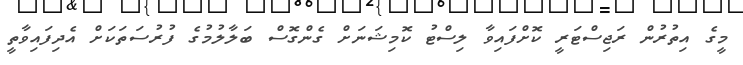
މީގެ އިތުރުން ރަޖިސްޓަރީ ކޮށްފައިވާ ލިސްޓު ކޮމިޝަނަށް ގެންގޮސް ބަލާލުމުގެ ފުރުސަތަކަށް އެދިފައިވާތީ